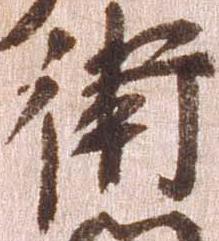
衛